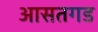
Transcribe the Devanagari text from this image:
आसतगड